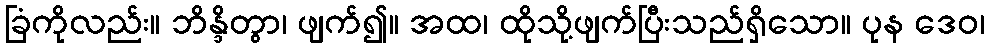
ခြံကိုလည်း။ ဘိန္ဒိတွာ၊ ဖျက်၍။ အထ၊ ထိုသို့ဖျက်ပြီးသည်ရှိသော။ ပုန ဒေဝ၊